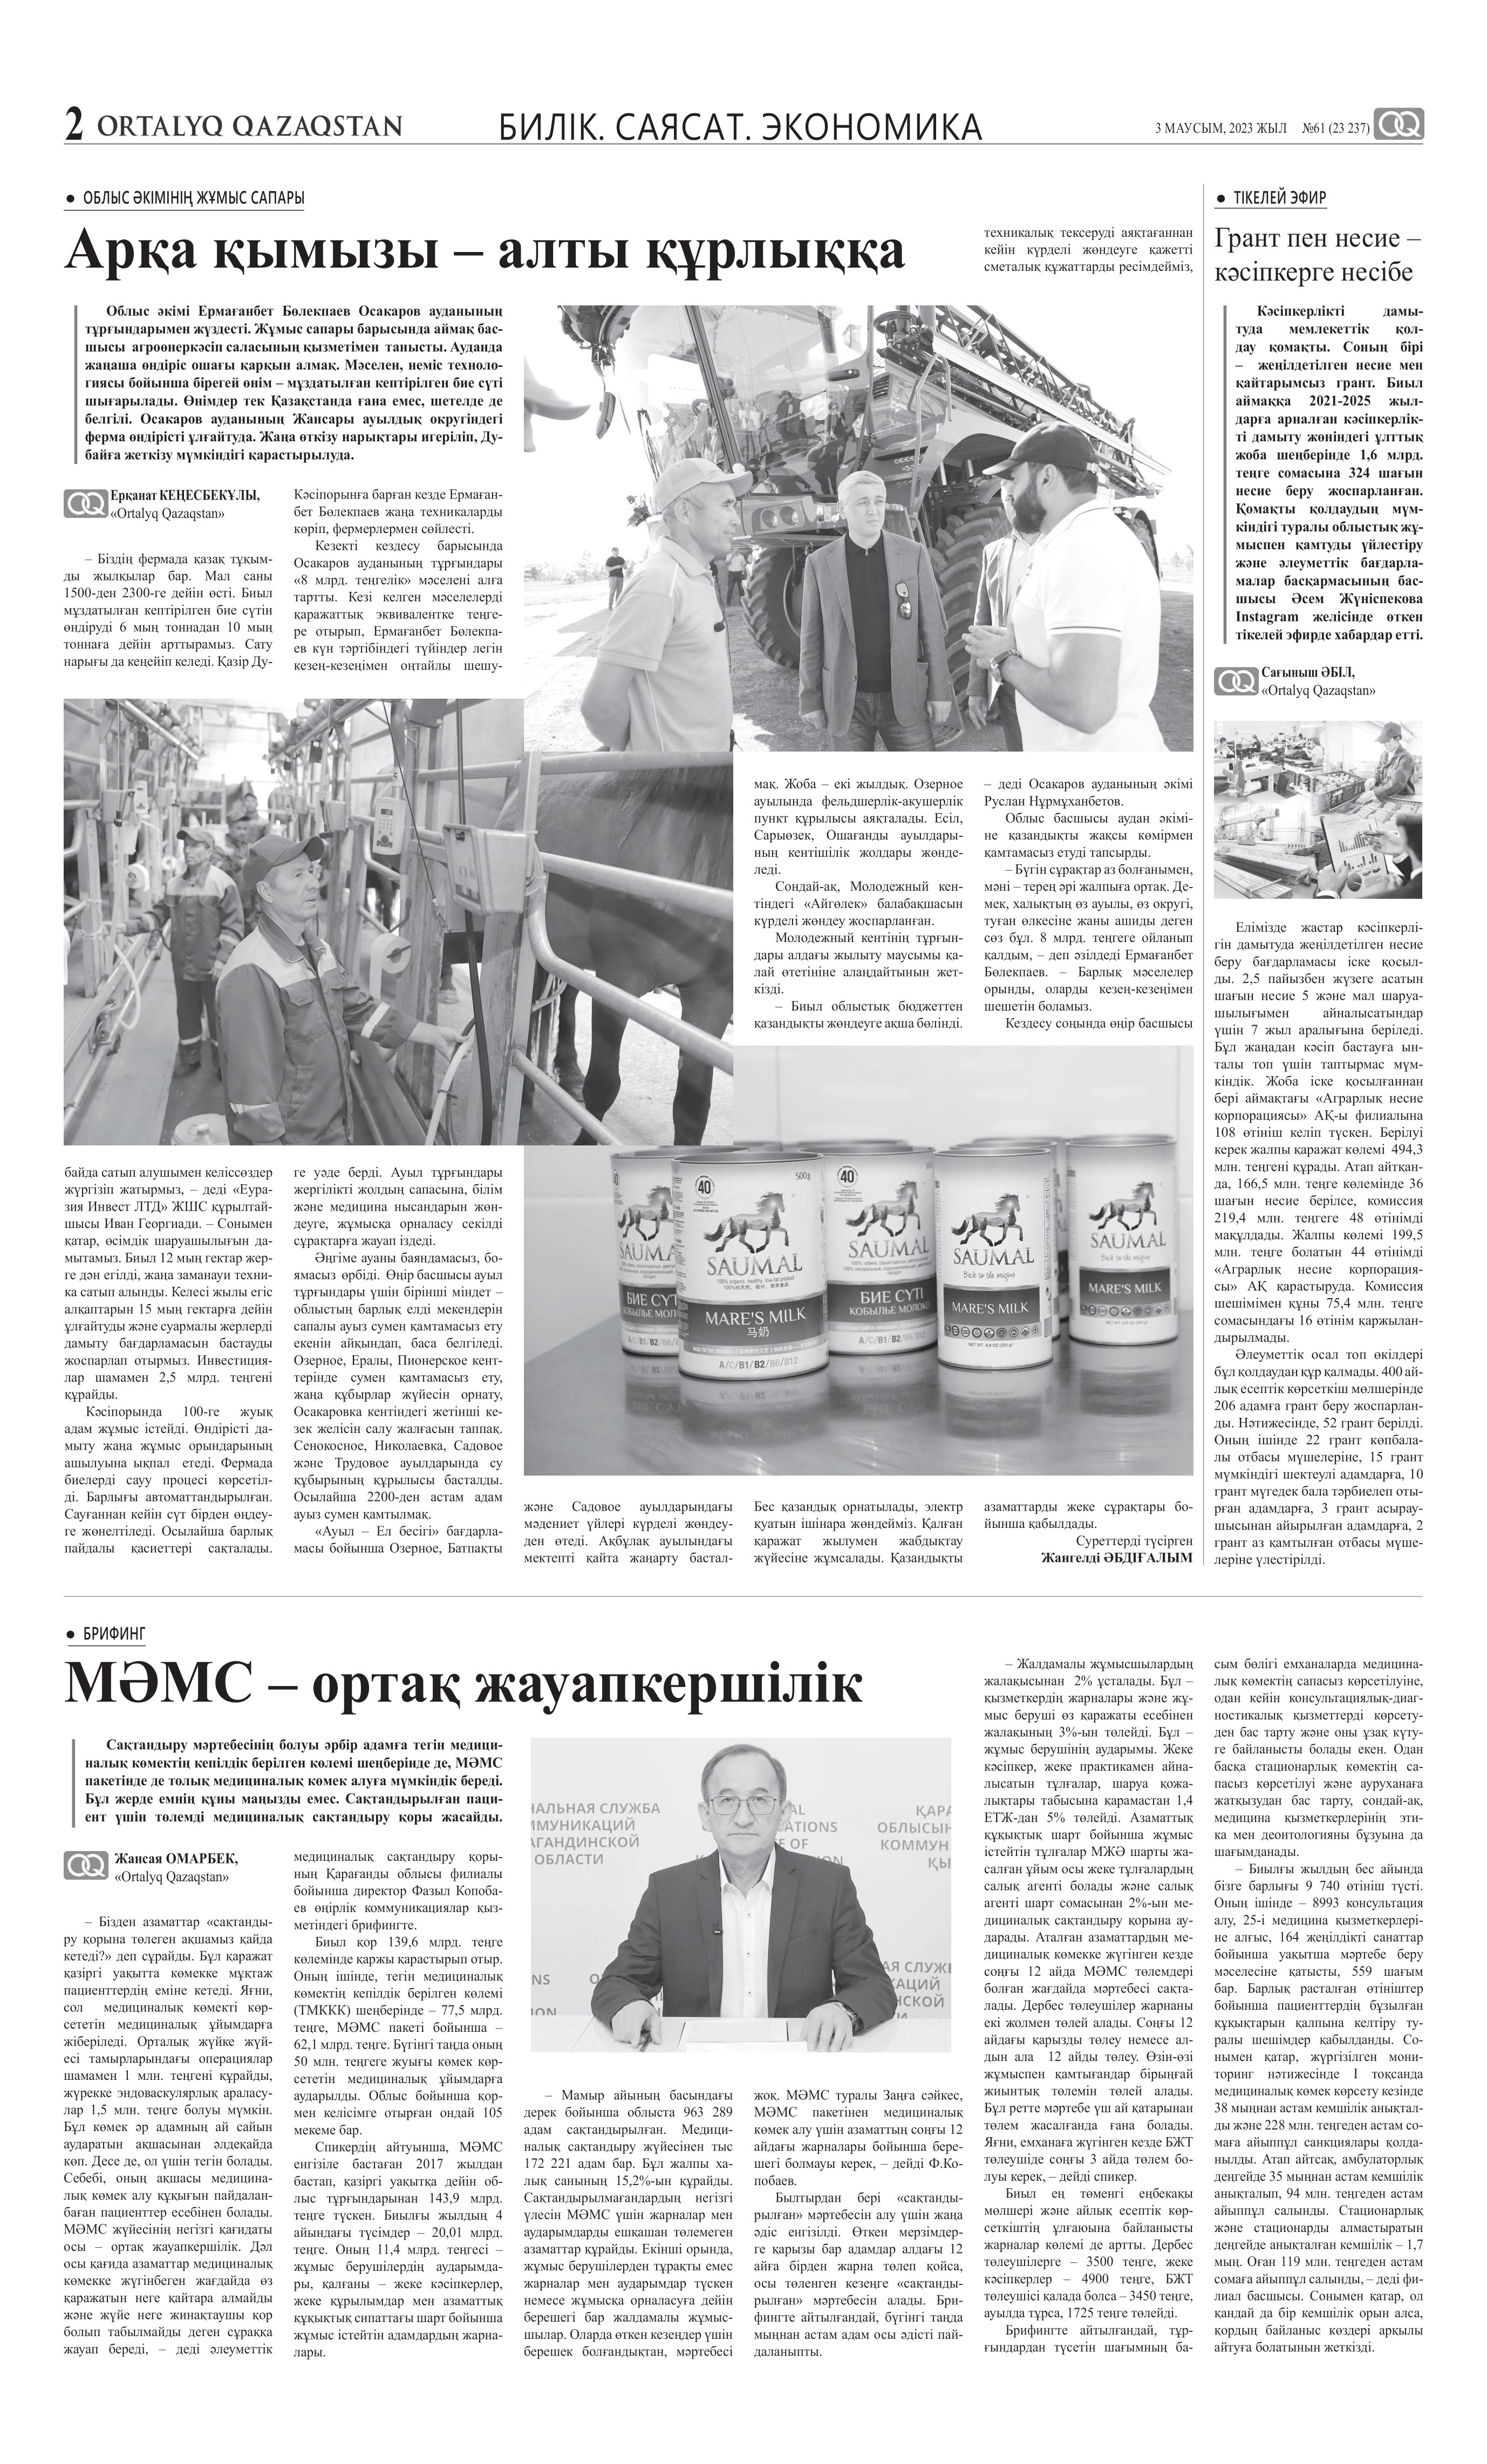
Language: kk